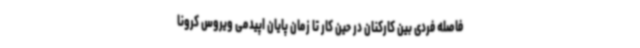
فاصله فردی بین کارکنان در حین کار تا زمان پایان اپیدمی ویروس کرونا